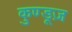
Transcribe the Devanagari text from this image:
कुण्डूज़